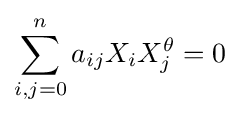
\sum _{i,j=0}^{n}a_{ij}X_{i}X_{j}^{\theta }=0